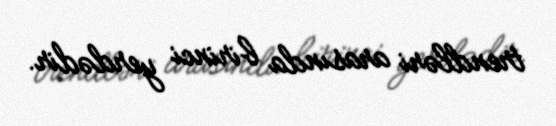
trendləri arasında birinci yerdədir.